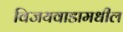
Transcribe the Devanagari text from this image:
विजयवाडामधील